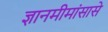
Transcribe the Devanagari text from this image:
ज्ञानमीमांसासे